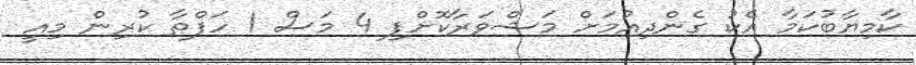
ކާމިޔާބުކަމާ އެކު ގެންދިއުމަށް މަޝްވަރާކޮށްފި 4 މަސް 1 ހަފްތާ ކުރިން މިއީ